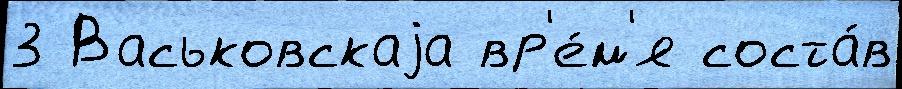
3 Васьковскаjа вр'е́м'я соста́в